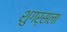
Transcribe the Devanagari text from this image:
शुगर्सला